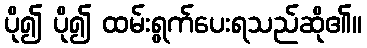
ပို၍ ပို၍ ထမ်းရွက်ပေးရသည်ဆို၏။